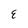
Character: E